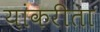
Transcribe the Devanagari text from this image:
यांकरीता